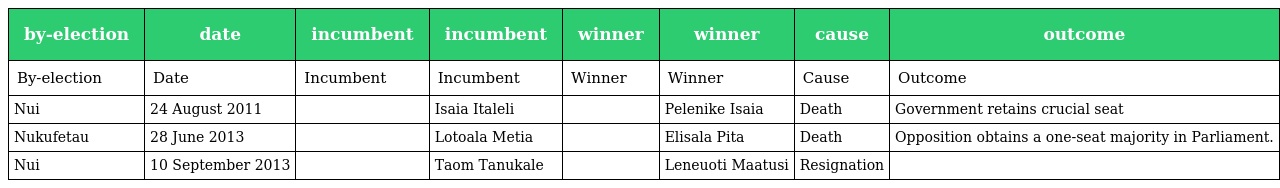
| by-election | date | incumbent | incumbent | winner | winner | cause | outcome |
 | --- | --- | --- | --- | --- | --- | --- | --- |
 | By-election | Date | Incumbent | Incumbent | Winner | Winner | Cause | Outcome |
 | Nui | 24 August 2011 |  | Isaia Italeli |  | Pelenike Isaia | Death | Government retains crucial seat |
 | Nukufetau | 28 June 2013 |  | Lotoala Metia |  | Elisala Pita | Death | Opposition obtains a one-seat majority in Parliament. |
 | Nui | 10 September 2013 |  | Taom Tanukale |  | Leneuoti Maatusi | Resignation |  |